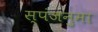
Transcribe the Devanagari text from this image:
स्पंजनुमा